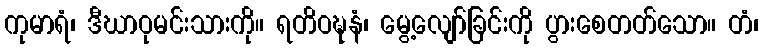
ကုမာရံ၊ ဒီဃာဝုမင်းသားကို။ ရတိဝဍ္ဎနံ၊ မွေ့လျော်ခြင်းကို ပွားစေတတ်သော။ တံ၊